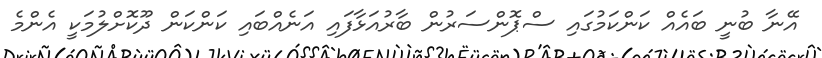
އޭނާ ބުނީ ބައެއް ކަންކަމުގައި ސްޕޮންސަރުން ބާރުއަޅާފައި އަނެއްބައި ކަންކަން ދޫކޮށްލުމަކީ އެންމެ